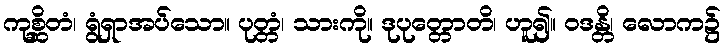
ကုစ္ဆိတံ၊ ရွံရှာအပ်သော။ ပုတ္တံ၊ သားကို။ ဒုပုတ္တောတိ၊ ဟူ၍။ ဝဒန္တိ၊ လောက၌